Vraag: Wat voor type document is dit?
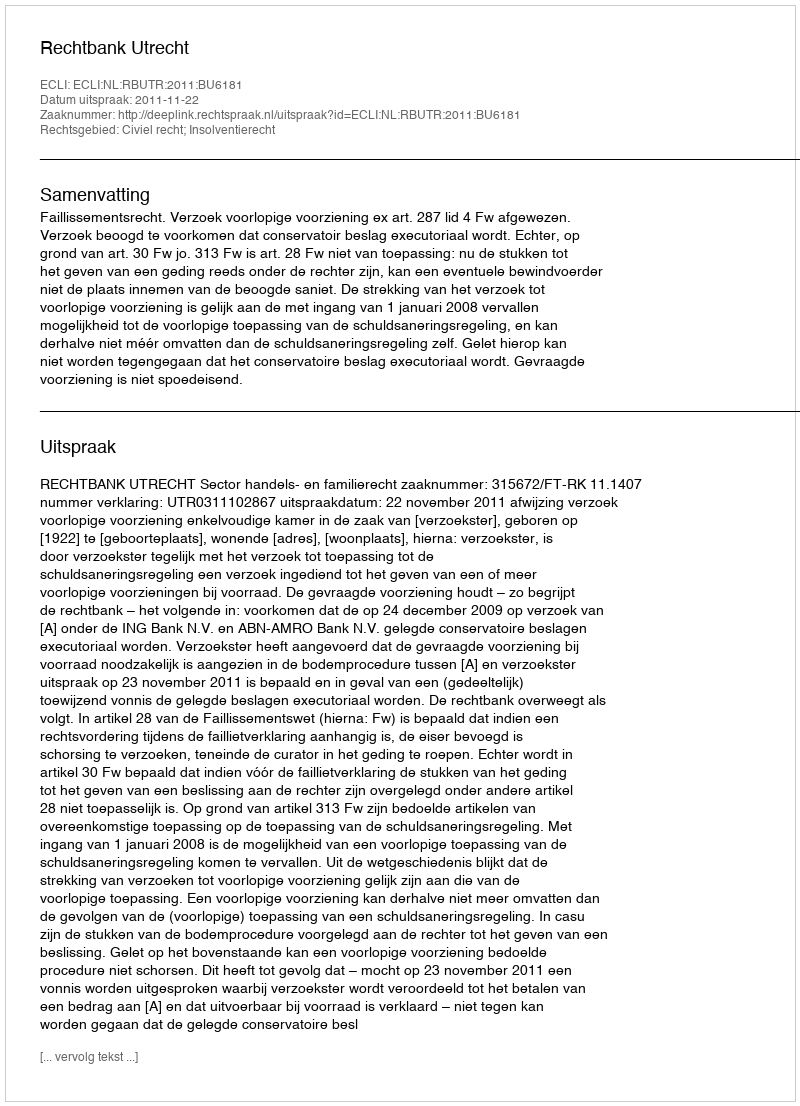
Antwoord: Uitspraak